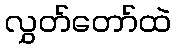
လွှတ်တော်ထဲ